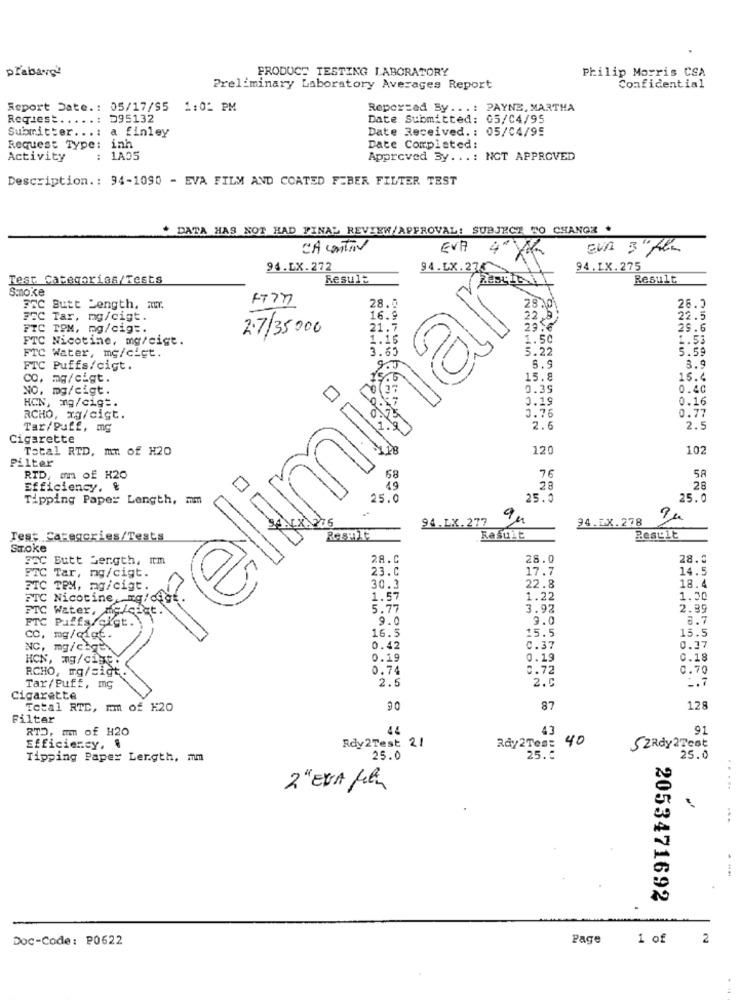
prabang
PRODUCT TESTING LABORATORY
Philip Morris CSA
Preliminary Laboratory Averages Report
Confidential
Report Date .: 05/17/95 1:01 PM
Reported By ... : PAYNE, MARTHA
Request. . ... : D95132
Date Submitted: 05/04/95
Submitter ...: a finley
Date Received. : 05/04/95
Request Type: inh
Date Completed:
Activity
: 1A05
Approved By ... : NCT APPROVED
Description. : 94-1090 - EVA FILM AND COATED FEBER FILTER TEST
+ DATA HAS NOT HAD FINAL REVIEW/APPROVAL: SUBJECT TO CHANGE .
CA contin
EVA
EVA 3" film
94.LX.272
94.EX.27
94.IX.275
Test Categorias/Tests
Resule
Result
Smoke
Preliminar
FTC Butt Length, mur.
28.5
26.3
FEC Tar, mg/cigt.
16.9
22 ,B)
22.5
FTC TOM, mg/cig =.
2.7/35 000
21.7
29.
29.6
FTC Nicotine, mg/cige.
1.16
1.50
1.53
FTC Water, mg/cigt.
5.22
5.59
FTC Puffs/cigt.
6.9
3.9
CO, mg/cigt.
15.8
15.4
NO. mg/cigt.
0.39
0.40
HCN, mg/cig =.
0.19
0.16
0.76
0.77
RCHO, xa/cigt.
Tar/Puff, mg
2.6
2.
Cigarette
Total RTD, mn of H20
120
102
Filter
76
RTD, am of K20
58
58
Efficiency, &
19
28
28
Tipping Paper Length, mm
25.0
25.0
25.0
94.LX. 277
9h
94.EX.278
Test Categories/Tests
Result
Smoke
FIC Butt bergth, im
28.C
28.0
28.5
FTC Tar, ng/cigt.
23.C
17.7
14.5
18.6
FTC TEM, mg/cigt.
30.3
22.8
FTC N
1.57
1.22
1.50
FTC Water, Me/cdet.
5.77
3.92
2.39
FTC Puffs/cit.
9.0
9.0
6.7
16.5
15.5
CO. mg/qigt.
15.5
NC, mg/Cq
0.42
0.37
0.37
HCN, mg/Cih.
0.19
0.19
0.18
RCHO, mg/sigt
0.74
0.72
0.70
2.5
2.0
Tar/Puff, mg
Cigarette
Total RTL, mmm of 120
90
87
128
Filter
RTD, Im Of H20
44
43
91
Efficiency,
Rdy2Test 21
Ray2Tes: 40
52Rdy &Test
Tipping Paper Length, mm
25.0
25.0
25.0
2" EVA film
.....
...
2053471692
Doc-Code: P0622
Page
1 of
2